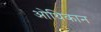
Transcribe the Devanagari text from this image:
ओथिकान